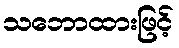
သဘောထားဖြင့်